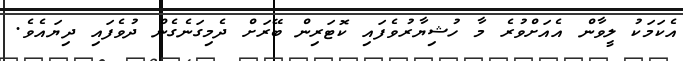
އެކަމަކު ލީވާން އެއަށްވުރެ މާ ހުޝިޔާރުވެފައި ކޮޓަރިން ބޭރަށް ދެމިގަނެގެން ދުވެފައި ދިޔައެވެ.